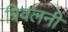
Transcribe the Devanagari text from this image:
त्रिवलनी